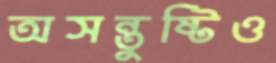
অসন্তুষ্টিও